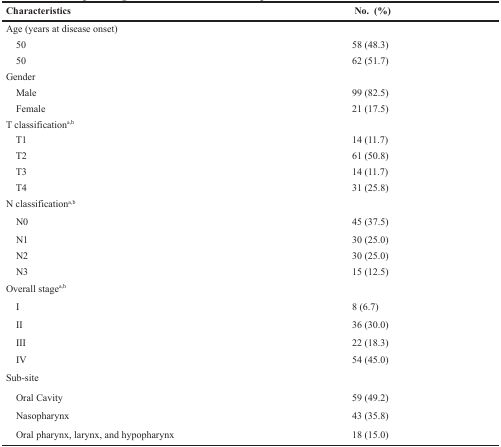
| Characteristics | No. (%) |
 | --- | --- |
 | Age (years at disease onset) |  |
 | 50 | 58 (48.3) |
 | 50 | 62 (51.7) |
 | Gender |  |
 | Male | 99 (82.5) |
 | Female | 21 (17.5) |
 | T classificationa,b |  |
 | T1 | 14 (11.7) |
 | T2 | 61 (50.8) |
 | T3 | 14 (11.7) |
 | T4 | 31 (25.8) |
 | N classificationa,b |  |
 | N0 | 45 (37.5) |
 | N1 | 30 (25.0) |
 | N2 | 30 (25.0) |
 | N3 | 15 (12.5) |
 | Overall stagea,b |  |
 | I | 8 (6.7) |
 | II | 36 (30.0) |
 | III | 22 (18.3) |
 | IV | 54 (45.0) |
 | Sub-site |  |
 | Oral Cavity | 59 (49.2) |
 | Nasopharynx | 43 (35.8) |
 | Oral pharynx, larynx, and hypopharynx | 18 (15.0) |